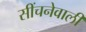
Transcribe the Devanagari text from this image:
सींचनेवाली